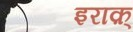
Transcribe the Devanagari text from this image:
इराक़्